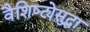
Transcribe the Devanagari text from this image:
वैशिष्ट्येसुद्धा